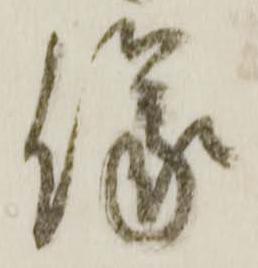
儀